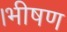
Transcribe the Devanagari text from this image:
।भीषण